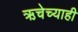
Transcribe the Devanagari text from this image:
ऋचेच्याही